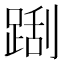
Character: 𲃬